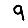
Digit: 9